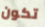
تكون